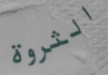
الثروة